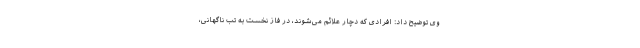
وی توضیح داد: افرادی که دچار علائم می‌شوند، در فاز نخست به تب ناگهانی،